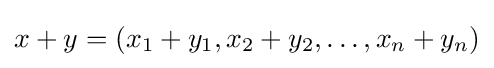
x+y=(x_{1}+y_{1},x_{2}+y_{2},\ldots ,x_{n}+y_{n})